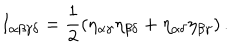
I _ { \alpha \beta \gamma \delta } = \frac { 1 } { 2 } \left( \eta _ { \alpha \gamma } \eta _ { \beta \delta } + \eta _ { \alpha \delta } \eta _ { \beta \gamma } \right) .